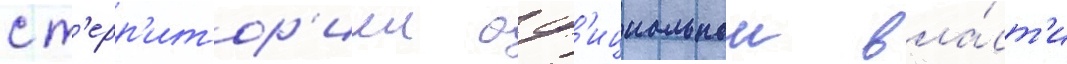
с т'ерр'итор'иеи оф'ициальнои вла́ст'и